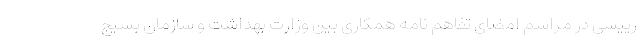
رییسی در مراسم امضای تفاهم نامه همکاری بین وزارت بهداشت و سازمان بسیج